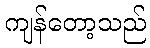
ကျန်တော့သည်